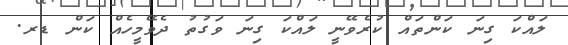
ލައްކަ ގިނަ ކަންތައް ކުރެވޭނީ ލައްކަ ގިނަ ވަގުތު ދެވޭމީހެއް ކަން ޑރ.